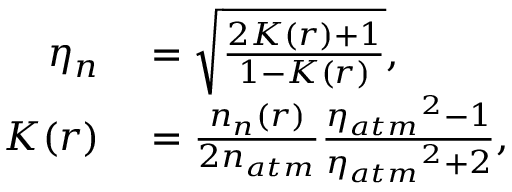
\begin{array} { r l } { \eta _ { n } } & { { } = \sqrt { \frac { 2 K ( r ) + 1 } { 1 - K ( r ) } } , } \\ { K ( r ) } & { { } = \frac { n _ { n } ( r ) } { 2 n _ { a t m } } \frac { { \eta _ { a t m } } ^ { 2 } - 1 } { { \eta _ { a t m } } ^ { 2 } + 2 } , } \end{array}